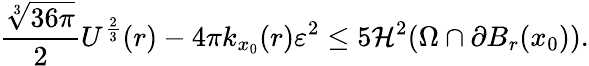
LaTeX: \frac{\sqrt[3]{36\pi}}{2}U^{\frac{2}{3}}(r)-4\pi k_{x_{0}}(r)\varepsilon^{2}\leq 5\mathcal{H}^{2}(\Omega\cap\partial B_{r}(x_{0})).